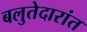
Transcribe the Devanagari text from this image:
बलुतेदारांत